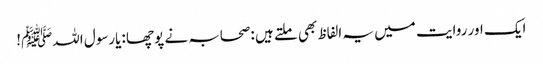
ایک اور روایت میں یہ الفاظ بھی ملتے ہیں :صحابہ نے پوچھا :یارسول اللہﷺ!